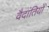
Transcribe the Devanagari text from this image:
वैदांतियों